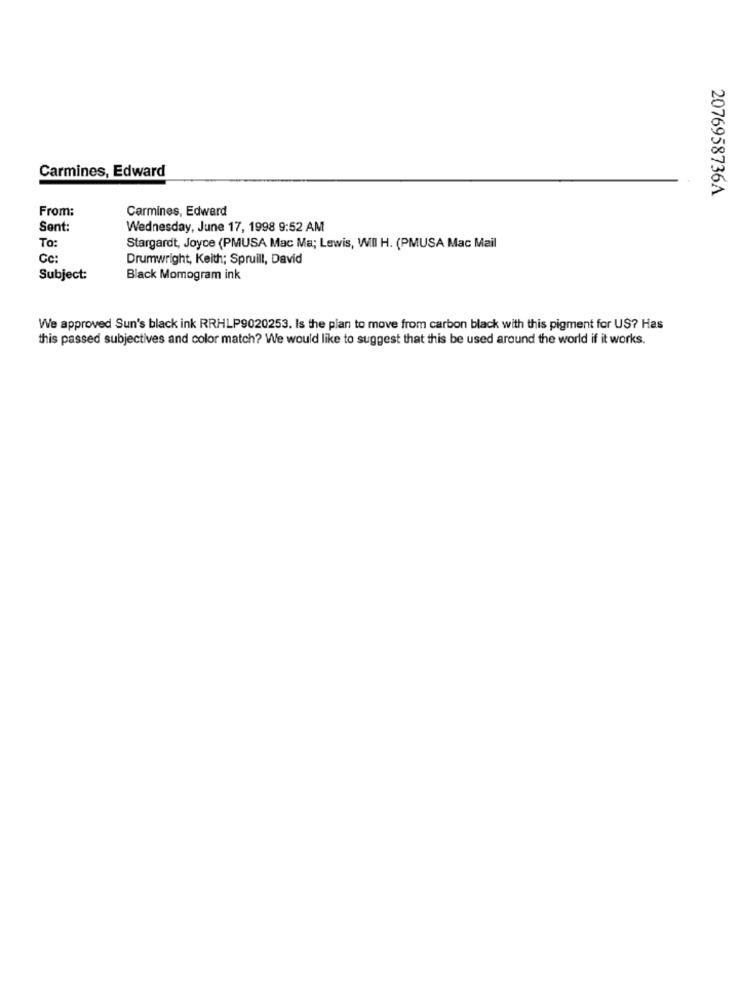
Carmines, Edward
2076958736A
From:
Carmines, Edward
Sent:
Wednesday, June 17, 1998 9:52 AM
To:
Stargardt, Joyce (PMUSA Mac Ma; Lewis, WIII H. (PMUSA Mac Mail
Cc:
Drumwright, Keith; Spruill, David
Subject:
Black Momogram ink
We approved Sun's black ink RRHLP9020253. Is the plan to move from carbon black with this pigment for US? Has
this passed subjectives and color match? We would like to suggest that this be used around the world if it works.